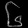
Digit: ၆